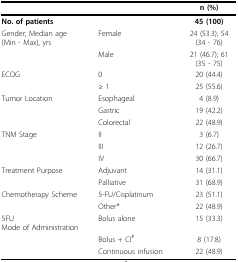
<table><thead><tr><td></td><td></td><td><b>n (%)</b></td></tr></thead><tbody><tr><td><b>No. of patients</b></td><td></td><td><b>45 (100)</b></td></tr><tr><td>Gender; Median age (Min - Max), yrs</td><td>Female</td><td>24 (53.3); 54 (34 - 76)</td></tr><tr><td></td><td>Male</td><td>21 (46.7); 61 (35 - 75)</td></tr><tr><td>ECOG</td><td>0</td><td>20 (44.4)</td></tr><tr><td></td><td>≥ 1</td><td>25 (55.6)</td></tr><tr><td>Tumor Location</td><td>Esophageal</td><td>4 (8.9)</td></tr><tr><td></td><td>Gastric</td><td>19 (42.2)</td></tr><tr><td></td><td>Colorectal</td><td>22 (48.9)</td></tr><tr><td>TNM Stage</td><td>II</td><td>3 (6.7)</td></tr><tr><td></td><td>III</td><td>12 (26.7)</td></tr><tr><td></td><td>IV</td><td>30 (66.7)</td></tr><tr><td>Treatment Purpose</td><td>Adjuvant</td><td>14 (31.1)</td></tr><tr><td></td><td>Palliative</td><td>31 (68.9)</td></tr><tr><td>Chemotherapy Scheme</td><td>5-FU/Cisplatinum</td><td>23 (51.1)</td></tr><tr><td></td><td>Other*</td><td>22 (48.9)</td></tr><tr><td>5FUMode of Administration</td><td>Bolus alone</td><td>15 (33.3)</td></tr><tr><td></td><td>Bolus + CI<sup>#</sup></td><td>8 (17.8)</td></tr><tr><td></td><td>Continuous infusion</td><td>22 (48.9)</td></tr></tbody></table>